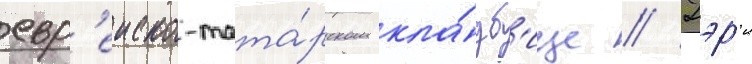
евр'еиско-тата́рском кла́дб'ище // Гэр'и